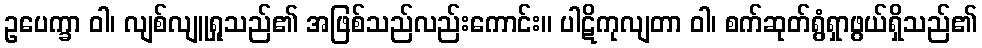
ဥပေက္ခာ ဝါ၊ လျစ်လျူရှုသည်၏ အဖြစ်သည်လည်းကောင်း။ ပါဋိကုလျတာ ဝါ၊ စက်ဆုတ်ရွံရှာဖွယ်ရှိသည်၏